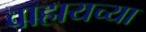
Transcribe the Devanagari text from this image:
वाहायच्या